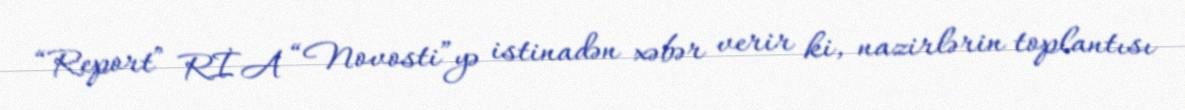
“Report” RİA “Novosti”yə istinadən xəbər verir ki, nazirlərin toplantısı